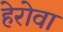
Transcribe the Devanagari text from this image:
हेरोवा